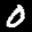
Label: 0